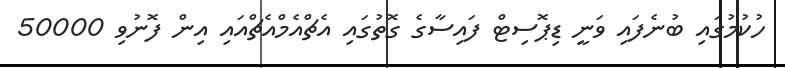
ހުކުމުގައި ބުނެފައި ވަނީ ޑިޕޮސިޓް ފައިސާގެ ގޮތުގައި އެޗްއެމްއެޗްއައި އިން ފޮނުވި 50000